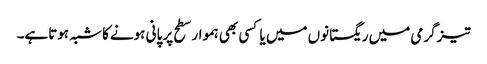
تیزگرمی میں ریگستانوں میں یا کسی بھی ہموار سطح پر پانی ہونےکا شبہ ہوتاہے۔